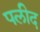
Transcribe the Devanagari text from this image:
पलीद